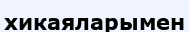
хикаяларымен